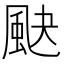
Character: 䫼